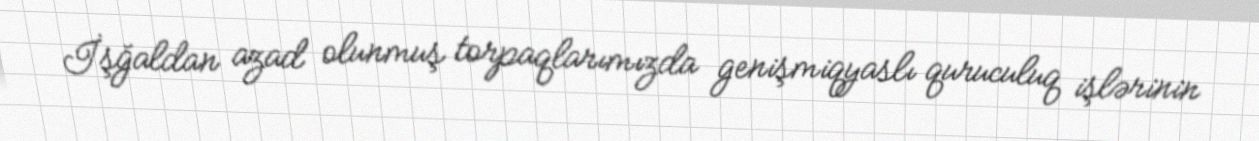
İşğaldan azad olunmuş torpaqlarımızda genişmiqyaslı quruculuq işlərinin